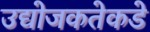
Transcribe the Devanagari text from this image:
उद्योजकतेकडे